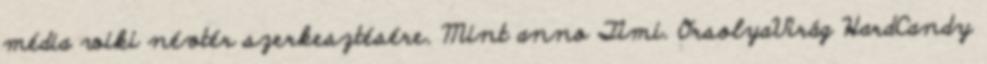
média wiki névtér szerkesztésére. Mint anno Timi. OrsolyaVirág HardCandy